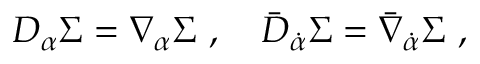
D _ { \alpha } \Sigma = \nabla _ { \alpha } \Sigma \ , \quad \bar { D } _ { \dot { \alpha } } \Sigma = \bar { \nabla } _ { \dot { \alpha } } \Sigma \ ,